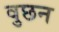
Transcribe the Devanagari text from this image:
वुछन